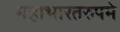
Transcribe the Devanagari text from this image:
महाभारतरुपमे